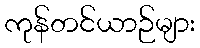
ကုန်တင်ယာဉ်များ